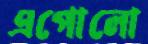
এপোলো